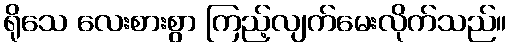
ရိုသေ လေးစားစွာ ကြည့်လျက်မေးလိုက်သည်။